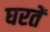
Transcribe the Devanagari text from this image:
घरतें